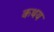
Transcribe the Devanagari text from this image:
कथय